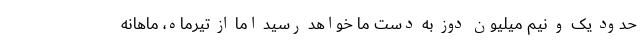
حدود یک و نیم میلیون دوز به دست ما خواهد رسید اما از تیرماه، ماهانه